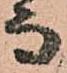
而